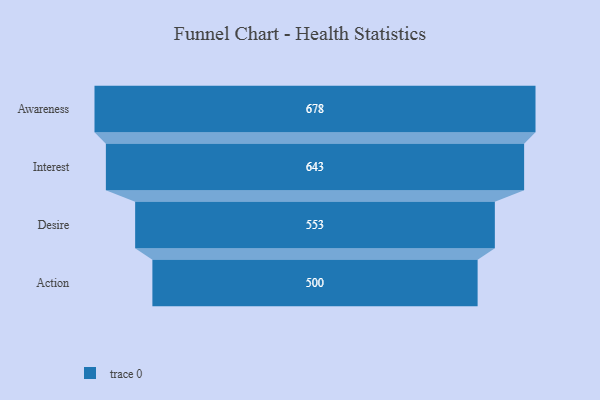
{"axis": {"x": "Stage", "y": "Value"}, "legend": [""], "data": [{"x": "Awareness", "y": 678.0, "type": ""}, {"x": "Interest", "y": 643.0, "type": ""}, {"x": "Desire", "y": 553.0, "type": ""}, {"x": "Action", "y": 500, "type": ""}]}